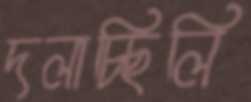
দলাচ্ছিলি